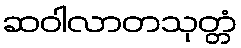
ဆဝါလာတသုတ္တံ